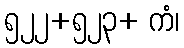
၅၂၂+၅၂၃+ ကံ၊